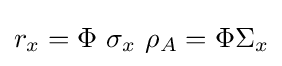
r_{x}=\Phi \ \sigma _{x}\ \rho _{A}=\Phi \Sigma _{x}